Punjab Mental Hospital Lahore 1922-31 - 1922-1931
Year: 1922
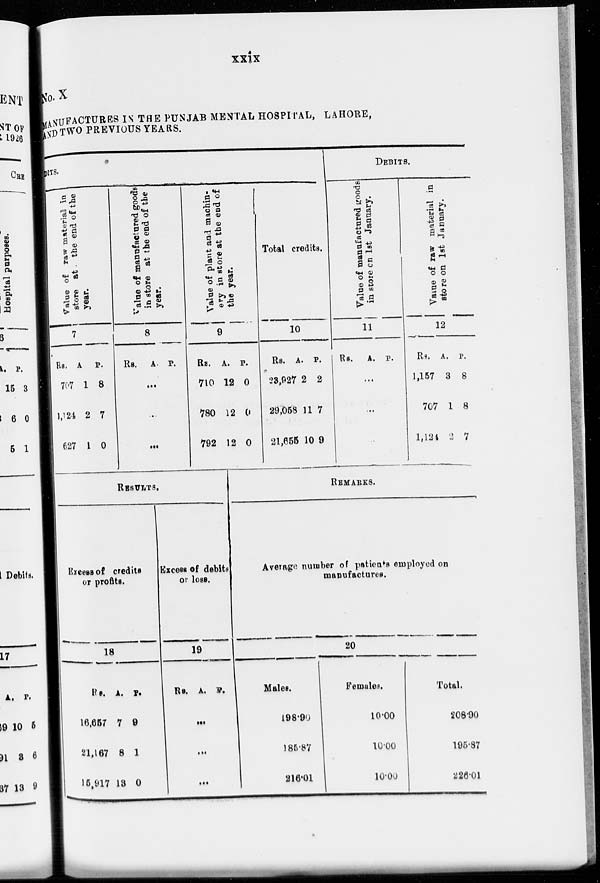
xxix
No. X
MANUFACTURES IN THE PUNJAB MENTAL HOSPITAL, LAHORE,
AND TWO PREVIOUS YEARS.
DITS.
Value of raw material in
store at the end of the
year.
7
Rs.
707
1,124
627
A.
1
2
1
P.
8
7
0
Value
of manufactured goods
in store at the end of the
year.
8
Rs. A. P.
...
...
...
Value of plant and machin-
ery in store at the
end of
the year.
9
Rs.
710
780
792
A.
12
12
12
P.
0
0
0
Total credits.
10
Rs.
23,927
29,058
21,655
A.
2
11
10
P.
2
7
9
DEBITS.
Value of manufactured goods
in score on 1st January.
11
Rs. A. P.
...
...
...
Value
of raw material in
store on 1st January.
12
Rs.
1,157
707
1,124
A.
3
1
2
P.
8
8
7
RESULTS.
Exeess of credits
or profits.
18
Rs.
16,657
21,167
15,917
A.
7
8
13
P.
9
1
0
Excess of debits
or loss.
19
Rs. A. P.
...
...
...
REMARKS.
Average number of patients employed on
manufactures.
20
Males.
198.90
185.87
216.01
Females.
10.00
10.00
10.00
Total.
208.90
195.87
226.01